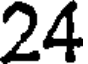
24